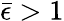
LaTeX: \bar{\epsilon}>1